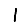
Digit: 1